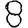
Digit: 8